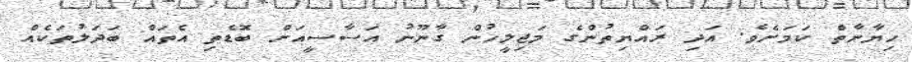
ހިޔާނާތް ކަމަށެވެ. އަދި ރައްޔިތުންގެ މަޖިލީހުން ގާނޫނު އަސާސީއަށް ބޮޑެތި އެތައް ބަދަލުތަކެއް